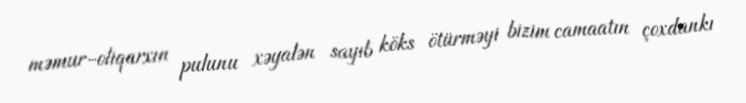
məmur-oliqarxın pulunu xəyalən sayıb köks ötürməyi bizim camaatın çoxdankı